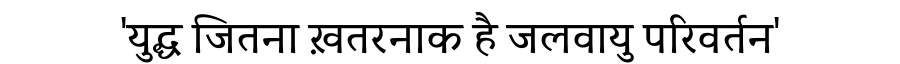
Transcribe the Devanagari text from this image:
'युद्ध जितना ख़तरनाक है जलवायु परिवर्तन'